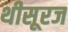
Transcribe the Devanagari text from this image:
थीसूरज